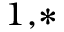
^ { 1 , * }